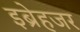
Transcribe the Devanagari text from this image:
इब्रेहजर